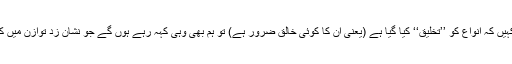
اگر ہم یہ کہیں کہ انواع کو ’’تخلیق‘‘ کیا گیا ہے (یعنی ان کا کوئی خالق ضرور ہے) تو ہم بھی وہی کہہ رہے ہوں گے جو نشان زد توازن میں کہا گیا ہے۔